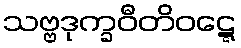
သဗ္ဗဒုက္ခဝီတိဝဋ္ဋေ